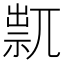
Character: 𥚋